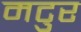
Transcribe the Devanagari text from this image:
मटुर